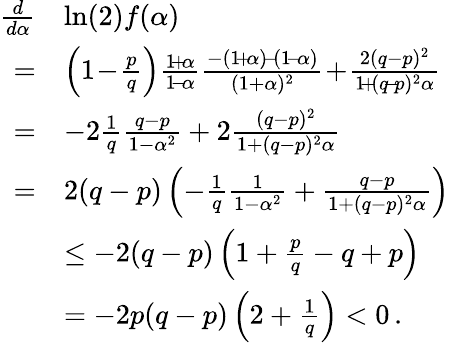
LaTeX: \begin{array}{rl}{\frac{d}{d\alpha}}&{\ln(2)f(\alpha)}\\ {=}&{\left(1\! -\! \frac{p}{q}\right)\frac{1\! +\! \alpha}{1\! -\! \alpha}\frac{-(1\! +\! \alpha)\! -\! (1\! -\! \alpha)}{(1+\alpha)^{2}}\! +\! \frac{2(q-p)^{2}}{1\! +\! (q\! -\! p)^{2}\alpha}}\\ {=}&{-2\frac{1}{q}\frac{q-p}{1-\alpha^{2}}+2\frac{(q-p)^{2}}{1+(q-p)^{2}\alpha}}\\ {=}&{2(q-p)\left(-\frac{1}{q}\frac{1}{1-\alpha^{2}}+\frac{q-p}{1+(q-p)^{2}\alpha}\right)}\\ &{\le-2(q-p)\left(1+\frac{p}{q}-q+p\right)}\\ &{=-2p(q-p)\left(2+\frac{1}{q}\right)<0\, .}\end{array}